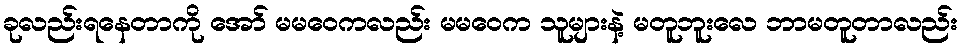
ခုလည်းရနေတာကို အော် မမဝေကလည်း မမဝေက သူများနဲ့ မတူဘူးလေ ဘာမတူတာလည်း